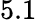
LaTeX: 5.1